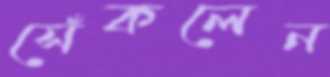
সেঁকলেন